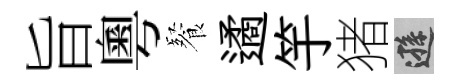
旨粵餐遹竽猪遜